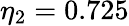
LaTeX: \eta_{2}=0.725